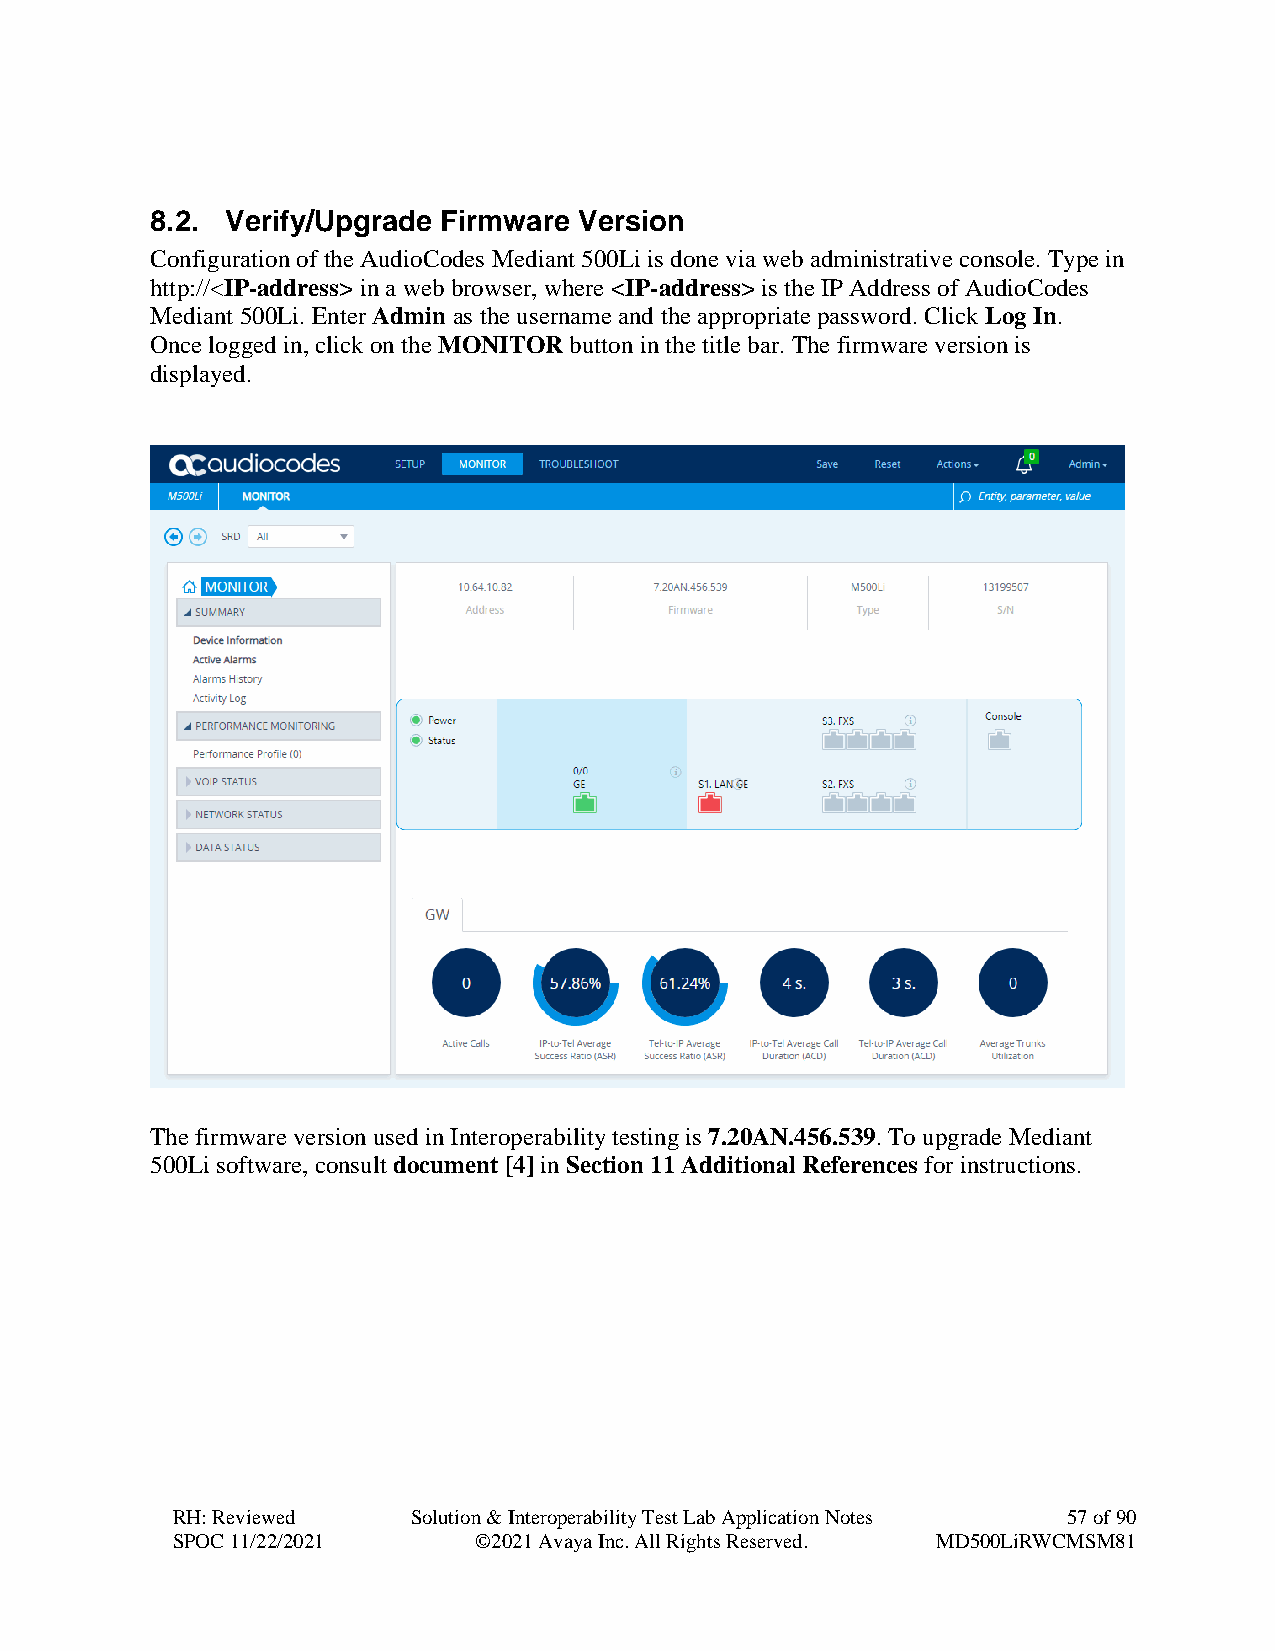
8.2. Verify/Upgrade Firmware Version
 Configuration of the AudioCodes Mediant 500Li is done via web administrative console. Type in
 http://<IP-address> in a web browser, where <IP-address> is the IP Address of AudioCodes
 Mediant 500Li. Enter Admin as the username and the appropriate password. Click Log In.
 Once logged in, click on the MONITOR button in the title bar. The firmware version is
 displayed.
 The firmware version used in Interoperability testing is 7.20AN.456.539. To upgrade Mediant
 500Li software, consult document [4] in Section 11 Additional References for instructions.
 RH: Reviewed    Solution & Interoperability Test Lab Application Notes 57 of 90
 SPOC 11/22/2021     ©2021 Avaya Inc. All Rights Reserved. MD500LiRWCMSM81